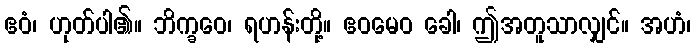
ဧဝံ၊ ဟုတ်ပါ၏။ ဘိက္ခဝေ၊ ရဟန်းတို့။ ဧဝမေဝ ခေါ၊ ဤအတူသာလျှင်။ အဟံ၊